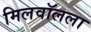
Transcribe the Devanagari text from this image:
मिलवॉलला